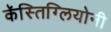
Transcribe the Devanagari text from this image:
कॅस्तिग्लियोनी